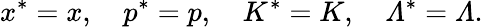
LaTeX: x^{*}=x,\quad p^{*}=p,\quad K^{*}=K,\quad{\mit\Lambda}^{*}={\mit\Lambda}.